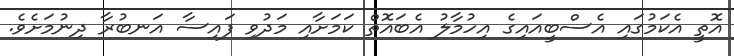
އޮތީ އެކަމުގައި އެސްބީއައިގެ އިހުމާލު އެބައޮތް ކަމަށާއި މަދުވި ފައިސާ އަނބުރާ ދިނުމަށެވެ.